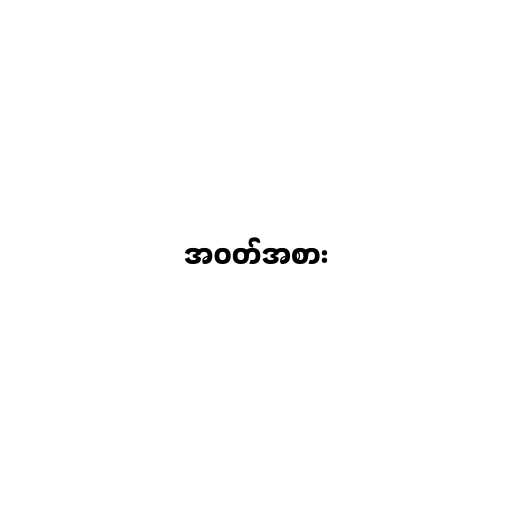
အဝတ်အစား